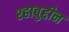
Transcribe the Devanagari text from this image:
श्हाबुद्दीन